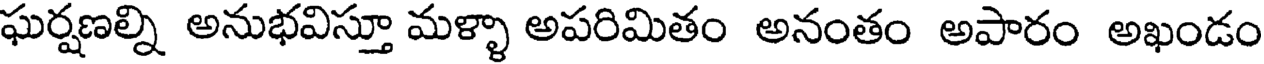
ఘర్షణల్ని అనుభవిస్తూ మళ్ళా అపరిమితం అనంతం అపారం అఖండం